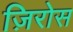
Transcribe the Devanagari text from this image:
ज़िरोस